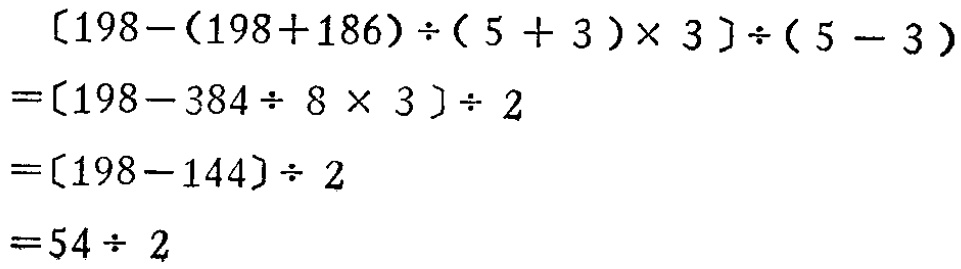
\[

\begin{align*}

&[198 - (198 + 186) \div (5 + 3) \times 3] \div (5 - 3)\\

=&[198 - 384 \div 8 \times 3] \div 2\\

=&[198 - 144] \div 2\\

=&54 \div 2

\end{align*}

\]